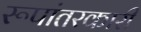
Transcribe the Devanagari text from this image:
रूपांतरकारी